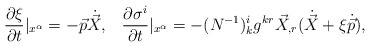
\begin{align*}\frac{\partial \xi}{\partial t}|_{x^{\alpha}} = - \vec{p}\dot{\vec{X}}, \;\;\;\frac{\partial \sigma^i}{\partial t}|_{x^{\alpha}} = - (N^{-1})^i_kg^{kr} \vec{X}_{,r} (\dot{\vec{X}} + \xi \dot{\vec{p}}),\end{align*}